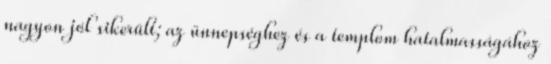
nagyon jól sikerült; az ünnepséghez és a templom hatalmasságához